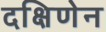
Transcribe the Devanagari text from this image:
दक्षिणेन